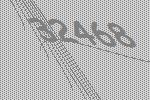
32468